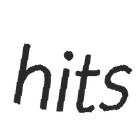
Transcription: hits